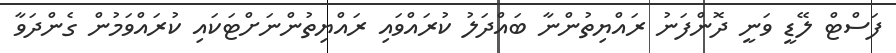
ފަސްޓް ލޭޑީ ވަނީ ދޮންފަނު ރައްޔިތުންނާ ބައްދަލު ކުރައްވައި ރައްޔިތުންނަށްޓަކައި ކުރައްވަމުން ގެންދަވާ